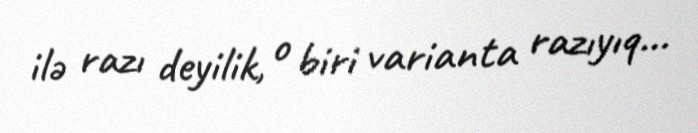
ilə razı deyilik, o biri varianta razıyıq...